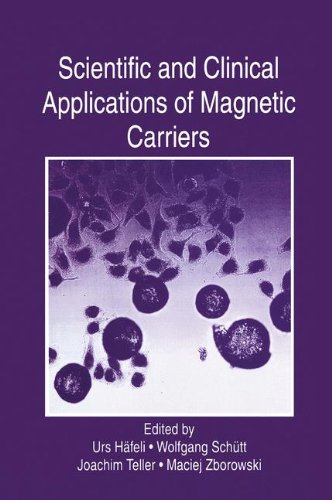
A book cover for Scientific and Clinical Applications of Magnetic Carriers; Science & Math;